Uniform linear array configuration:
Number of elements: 8
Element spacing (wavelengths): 0.25
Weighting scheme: uniform
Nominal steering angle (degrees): -15
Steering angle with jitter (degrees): -14.568
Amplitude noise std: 0.05
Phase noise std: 0.05

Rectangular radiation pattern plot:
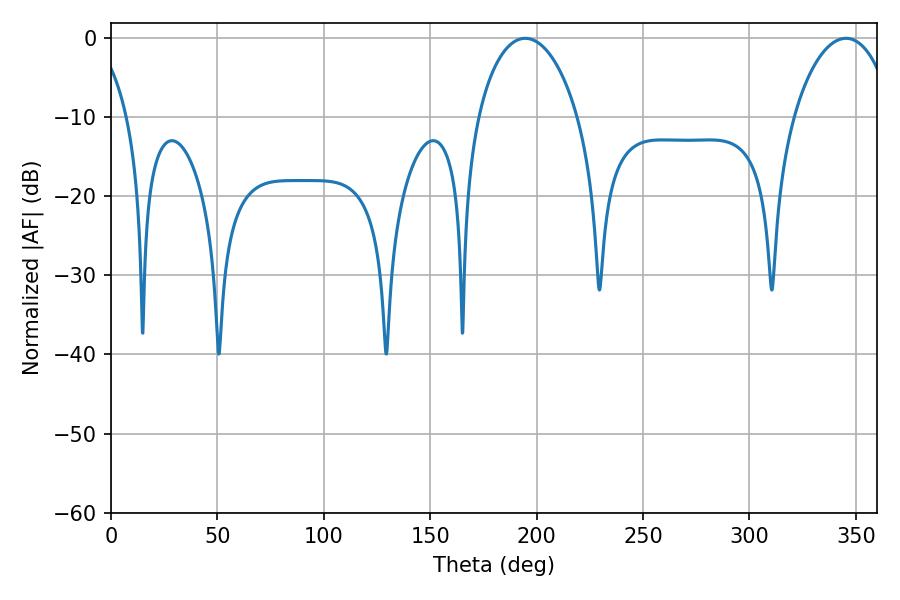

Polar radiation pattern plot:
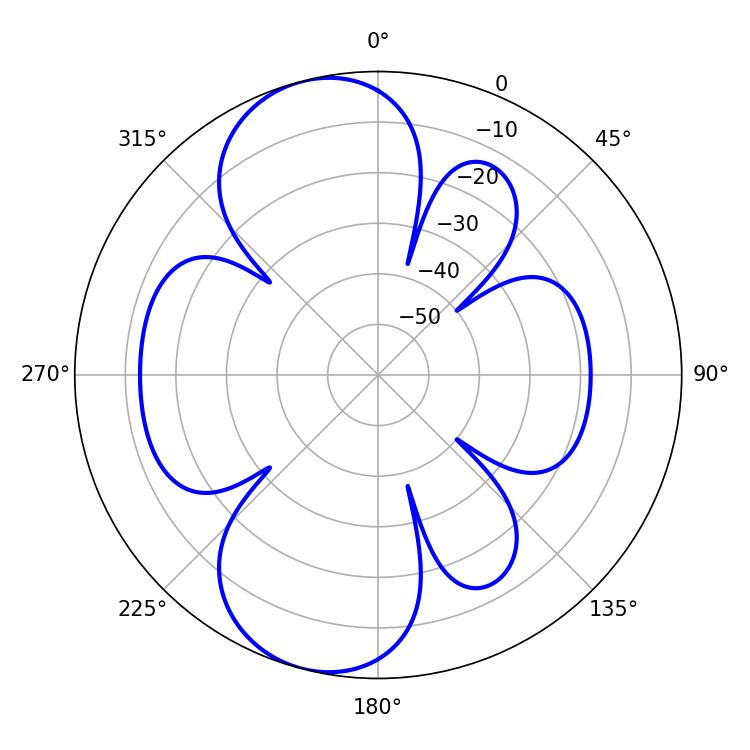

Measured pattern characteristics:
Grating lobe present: FALSE
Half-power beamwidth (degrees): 26.82
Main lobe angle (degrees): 194.58